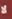
لا